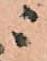
ニ